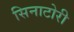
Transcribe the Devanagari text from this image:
सिनाटोरी